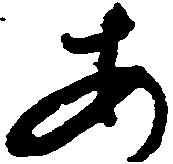
あ